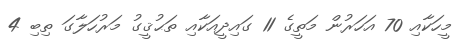
މީހަކާއި 70 އަހަރުން މަތީގެ 11 ގައިދީއަކާއި ތަޙުޤީގު މަރުހަލާގަ ތިބި 4